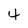
Character: 4